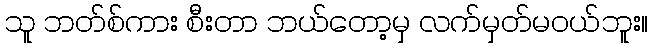
သူ ဘတ်စ်ကား စီးတာ ဘယ်တော့မှ လက်မှတ်မဝယ်ဘူး။